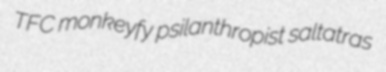
TFC monkeyfy psilanthropist saltatras